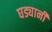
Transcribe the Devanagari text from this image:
घड्यानी